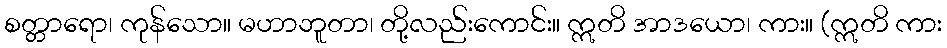
စတ္တာရော၊ ကုန်သော။ မဟာဘူတာ၊ တို့လည်းကောင်း။ ဣတိ အာဒယော၊ ကား။ (ဣတိ ကား